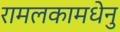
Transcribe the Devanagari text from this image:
रामलकामधेनु